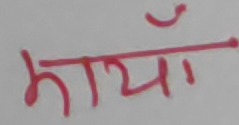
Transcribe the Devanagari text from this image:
मायाँ